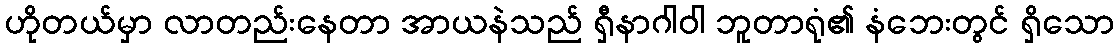
ဟိုတယ်မှာ လာတည်းနေတာ အာယနဲသည် ရှီနာဂါဝါ ဘူတာရုံ၏ နံဘေးတွင် ရှိသော